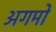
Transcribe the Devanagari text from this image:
अगमों